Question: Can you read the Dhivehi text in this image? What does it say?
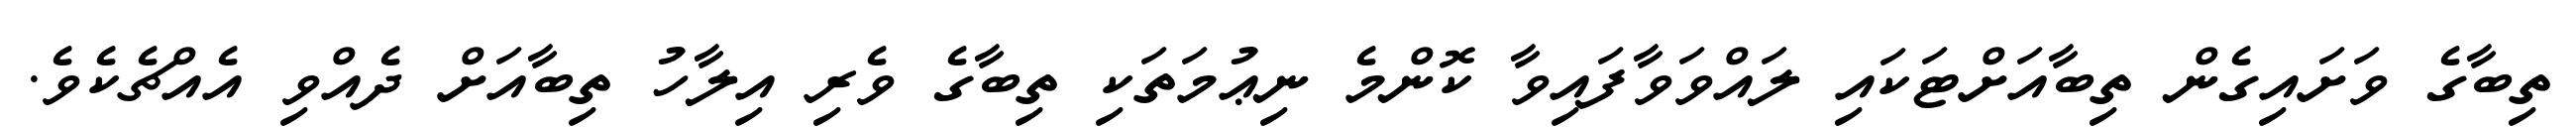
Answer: ތިބާގެ ވަށައިގެން ތިބާއަށްޓަކައި ލައްވަވާފައިވާ ކޮންމެ ނިޢުމަތަކި ތިބާގެ ވެރި އިލާހު ތިބާއަށް ދެއްވި އެއްޗެކެވެ.